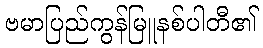
ဗမာပြည်ကွန်မြူနစ်ပါတီ၏